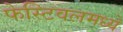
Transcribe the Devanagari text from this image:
फेस्टिवलमध्ये